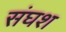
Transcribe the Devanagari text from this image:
संघश